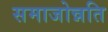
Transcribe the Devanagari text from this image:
समाजोन्नति